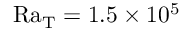
\mathrm { R a _ { T } } = 1 . 5 \times 1 0 ^ { 5 }